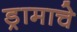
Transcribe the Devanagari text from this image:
ड्रामाचे